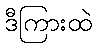
ဒီကြားထဲ